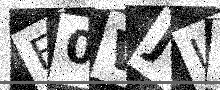
Text: F0WJI5